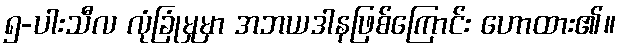
၅-ပါးသီလ လုံခြုံမှုမှာ အဘယဒါနဖြစ်ကြောင်း ဟောထား၏။